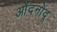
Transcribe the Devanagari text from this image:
ओंदनोंदू